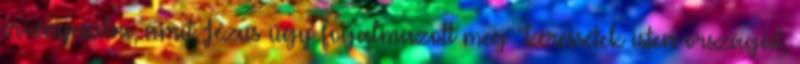
érvényesülni, amit Jézus úgy fogalmazott meg “keressétek isten országát,